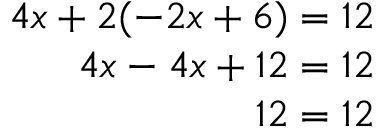
\begin{array} { r } { 4 x + 2 ( - 2 x + 6 ) = 1 2 } \\ { 4 x - 4 x + 1 2 = 1 2 } \\ { 1 2 = 1 2 } \end{array}